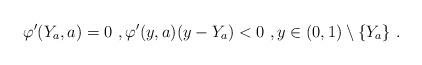
LaTeX: \begin{align*}\varphi'(Y_a,a)=0\ , \varphi'(y,a) (y-Y_a) < 0\ , y\in (0,1)\setminus\{Y_a\} \ . \end{align*}